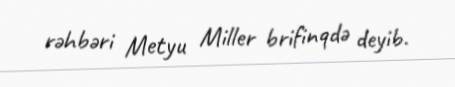
rəhbəri Metyu Miller brifinqdə deyib.